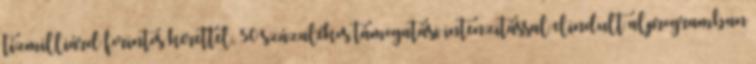
tízmilliárd forintos kerettel, 50 százalékos támogatási intenzitással elindult alprogramban